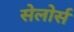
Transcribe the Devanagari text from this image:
सेलोर्स